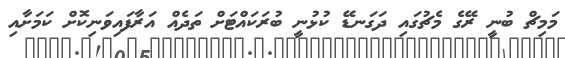
މަމިޗް ބުނީ ރޭގެ މެޗުގައި ދަގަނޑޭ ކުޅުނީ ބުރަކައްޓަށް ތަދެއް އަރާފައިވަނިކޮށް ކަމަށާއި